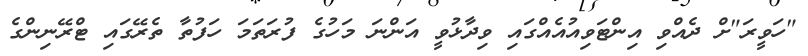
"ހަވީރަ"ށް ދެއްވި އިންޓަވިއުއެއްގައި ވިދާޅުވީ އަންނަ މަހުގެ ފުރަތަމަ ހަފުތާ ތެރޭގައި ޓްރޭނިންގެ